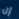
إن